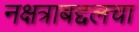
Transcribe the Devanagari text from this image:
नक्षत्राबद्दलचा